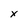
Character: x